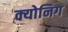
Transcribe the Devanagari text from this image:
क्योनिग